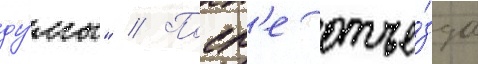
ду́мы" // Посл'е отъе́зда